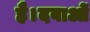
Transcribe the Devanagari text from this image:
है।दवाओं